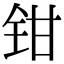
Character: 钳